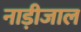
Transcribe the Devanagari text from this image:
नाड़ीजाल